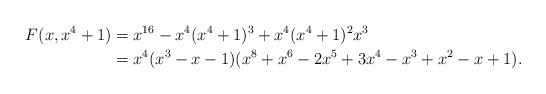
LaTeX: \begin{align*}F(x,x^4+1) &=x^{16}-x^4(x^4+1)^3+x^4(x^4+1)^2x^3\\&=x^4(x^3-x-1)(x^8+x^6-2x^5+3x^4-x^3+x^2-x+1).\end{align*}